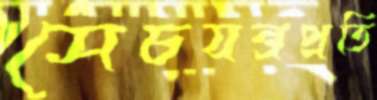
সেচযন্ত্রপ্রতি